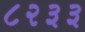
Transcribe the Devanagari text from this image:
८२३३